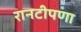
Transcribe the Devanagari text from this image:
रानटीपणा